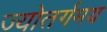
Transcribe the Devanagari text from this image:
ज्योतर्गमय